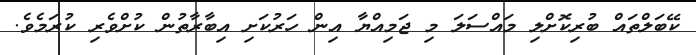
ކޭބަލްތައް ބުރިކޮށްލި މައްސަލަ މި ޖަމިއްޔާ އިން ހަރުކަށި އިބާރާތުން ކުށްވެރި ކުރަމެވެ.